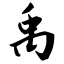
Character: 禹